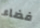
فضاء